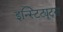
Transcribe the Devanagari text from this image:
इन्स्टिट्यूट्‌स